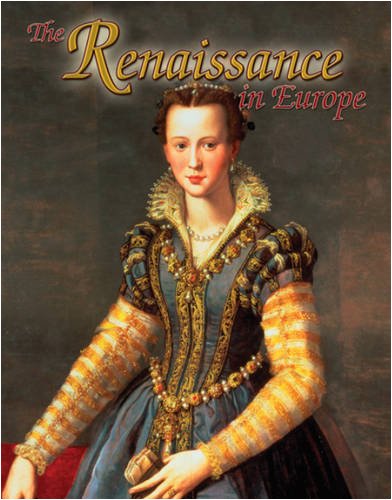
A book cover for The Renaissance in Europe (Renaissance World); Lynne Elliott; Children's Books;